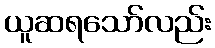
ယူဆရသော်လည်း